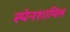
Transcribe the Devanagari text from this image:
स्पेनशामिल